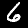
Label: 6